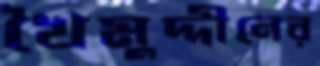
খৈমুদ্দীনের